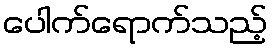
ပေါက်ရောက်သည့်